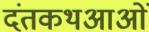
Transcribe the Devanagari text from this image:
दंतकथआओं